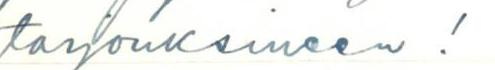
tarjouksineen!